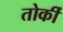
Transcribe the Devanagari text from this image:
तोर्की